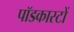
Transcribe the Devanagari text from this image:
पॉडकास्टों